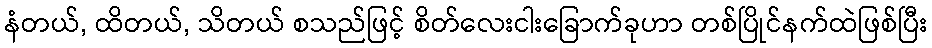
နံတယ်, ထိတယ်, သိတယ် စသည်ဖြင့် စိတ်လေးငါးခြောက်ခုဟာ တစ်ပြိုင်နက်ထဲဖြစ်ပြီး